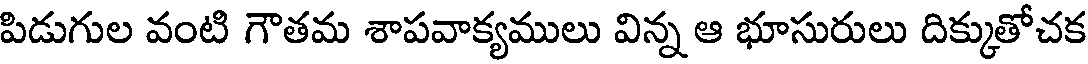
పిడుగుల వంటి గౌతమ శాపవాక్యములు విన్న ఆ భూసురులు దిక్కుతోచక